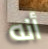
أنه